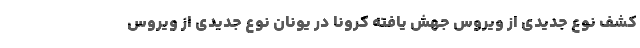
کشف نوع جدیدی از ویروس جهش یافته کرونا در یونان نوع جدیدی از ویروس